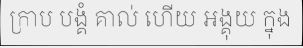
ក្រាប បង្គំ គាល់ ហើយ អង្គុយ ក្នុង